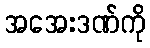
အအေးဒဏ်ကို